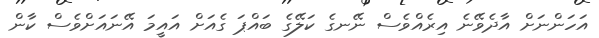
އަހަންނަށް އާދެވޭނެ އިރެއްވެސް ނޭނގެ ކަލޭގެ ބައްޕަ ގެއަށް އައީމަ އޭނައަށްވެސް ކާން